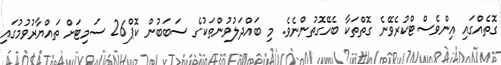
ގޮތެއްގައި އިންވެސްޓްކުރެވޭނެ ގޮތްތަކާ ބެހޭގޮތުންނެވެ. މި ބައްދަލުވުންތަކުގެ ސަބަބުން ކޮޕް26 ސަމިޓަށް ތައްޔާރުވުމުގައި